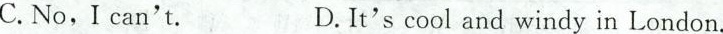
C.No,I can't. D.It'scool and windy in London.